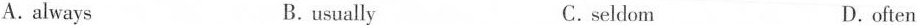
A. always B.usually C.seldom D.often